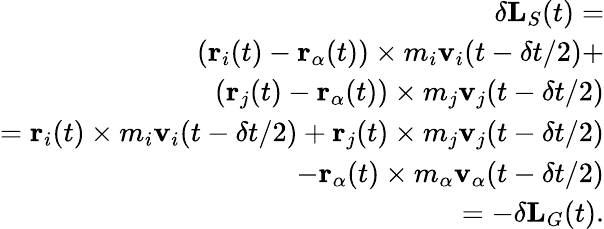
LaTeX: \begin{array}{r}{\delta\textbf{L}_{S}(t)=}\\ {(\textbf{r}_{i}(t)-\textbf{r}_{\alpha}(t))\times m_{i}\textbf{v}_{i}(t-\delta t/2)+}\\ {(\textbf{r}_{j}(t)-\textbf{r}_{\alpha}(t))\times m_{j}\textbf{v}_{j}(t-\delta t/2)}\\ {=\textbf{r}_{i}(t)\times m_{i}\textbf{v}_{i}(t-\delta t/2)+\textbf{r}_{j}(t)\times m_{j}\textbf{v}_{j}(t-\delta t/2)}\\ {-\textbf{r}_{\alpha}(t)\times m_{\alpha}\textbf{v}_{\alpha}(t-\delta t/2)}\\ {=-\delta\textbf{L}_{G}(t).}\end{array}